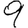
Digit: 9